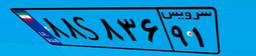
۹۶S۶۷۸۵۷